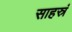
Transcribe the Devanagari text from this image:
साहस्रं